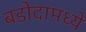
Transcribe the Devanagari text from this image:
बडोदामध्ये